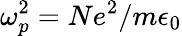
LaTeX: \omega_{p}^{2}=Ne^{2}/m\epsilon_{0}